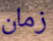
زمان